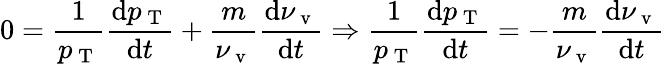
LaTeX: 0=\frac{1}{p_{\mathrm{~T~}}}\frac{\mathrm{d}p_{\mathrm{~T~}}}{\mathrm{d}t}+\frac{m}{\nu_{\mathrm{~v~}}}\frac{\mathrm{d}\nu_{\mathrm{~v~}}}{\mathrm{d}t}\Rightarrow\frac{1}{p_{\mathrm{~T~}}}\frac{\mathrm{d}p_{\mathrm{~T~}}}{\mathrm{d}t}=-\frac{m}{\nu_{\mathrm{~v~}}}\frac{\mathrm{d}\nu_{\mathrm{~v~}}}{\mathrm{d}t}